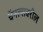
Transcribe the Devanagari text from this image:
चॅनल्सवरील